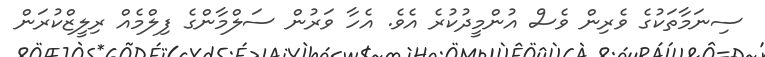
ސިނަމާތަކުގެ ވެރިން ވެސް އުންމީދުކުރެ އެވެ. އެހާ ވަރުން ސަލްމާންގެ ފިލްމެއް ރިލީޒްކުރަން